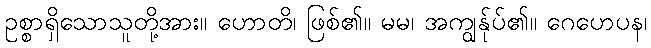
ဥစ္စာရှိသောသူတို့အား။ ဟောတိ၊ ဖြစ်၏။ မမ၊ အကျွန်ုပ်၏။ ဂေဟေပန၊